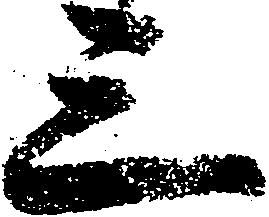
三